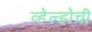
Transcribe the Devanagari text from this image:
व्हेल्होची